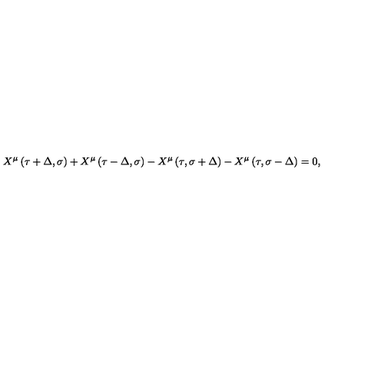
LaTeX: X ^ { \mu } \left( \tau + \Delta , \sigma \right) + X ^ { \mu } \left( \tau - \Delta , \sigma \right) - X ^ { \mu } \left( \tau , \sigma + \Delta \right) - X ^ { \mu } \left( \tau , \sigma - \Delta \right) = 0 ,